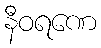
နီဝရဏေ